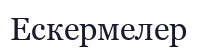
Ескермелер